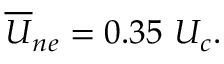
{ \overline { { U } } } _ { n e } = 0 . 3 5 ~ { U _ { c } } .